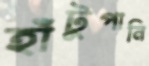
হাঁটুপানি